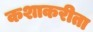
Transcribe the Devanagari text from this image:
कशाकरीता